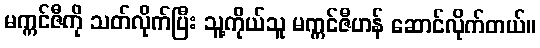
မက္ကင်ဇီကို သတ်လိုက်ပြီး သူ့ကိုယ်သူ မက္ကင်ဇီဟန် ဆောင်လိုက်တယ်။